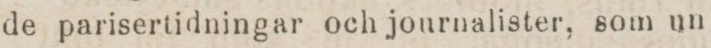
de parisertidningar och journalister, som un